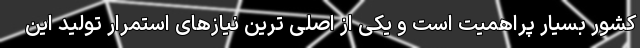
کشور بسیار پراهمیت است و یکی از اصلی ترین نیازهای استمرار تولید این